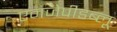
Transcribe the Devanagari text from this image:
एनजेपीडब्लू